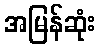
အမြန်ဆုံး